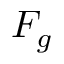
F _ { g }